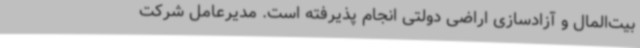
بیت‌المال و آزادسازی اراضی دولتی انجام پذیرفته است. مدیرعامل شرکت